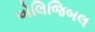
એલિજિબલ